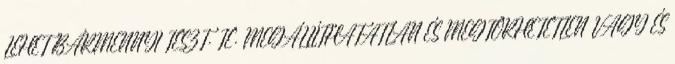
LEHET BÁRMENNYI TESZT. TE. MEGÁLLÍTHATATLAN ÉS MEGTÖRHETETLEN VAGY ÉS